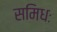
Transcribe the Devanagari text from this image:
समिधः